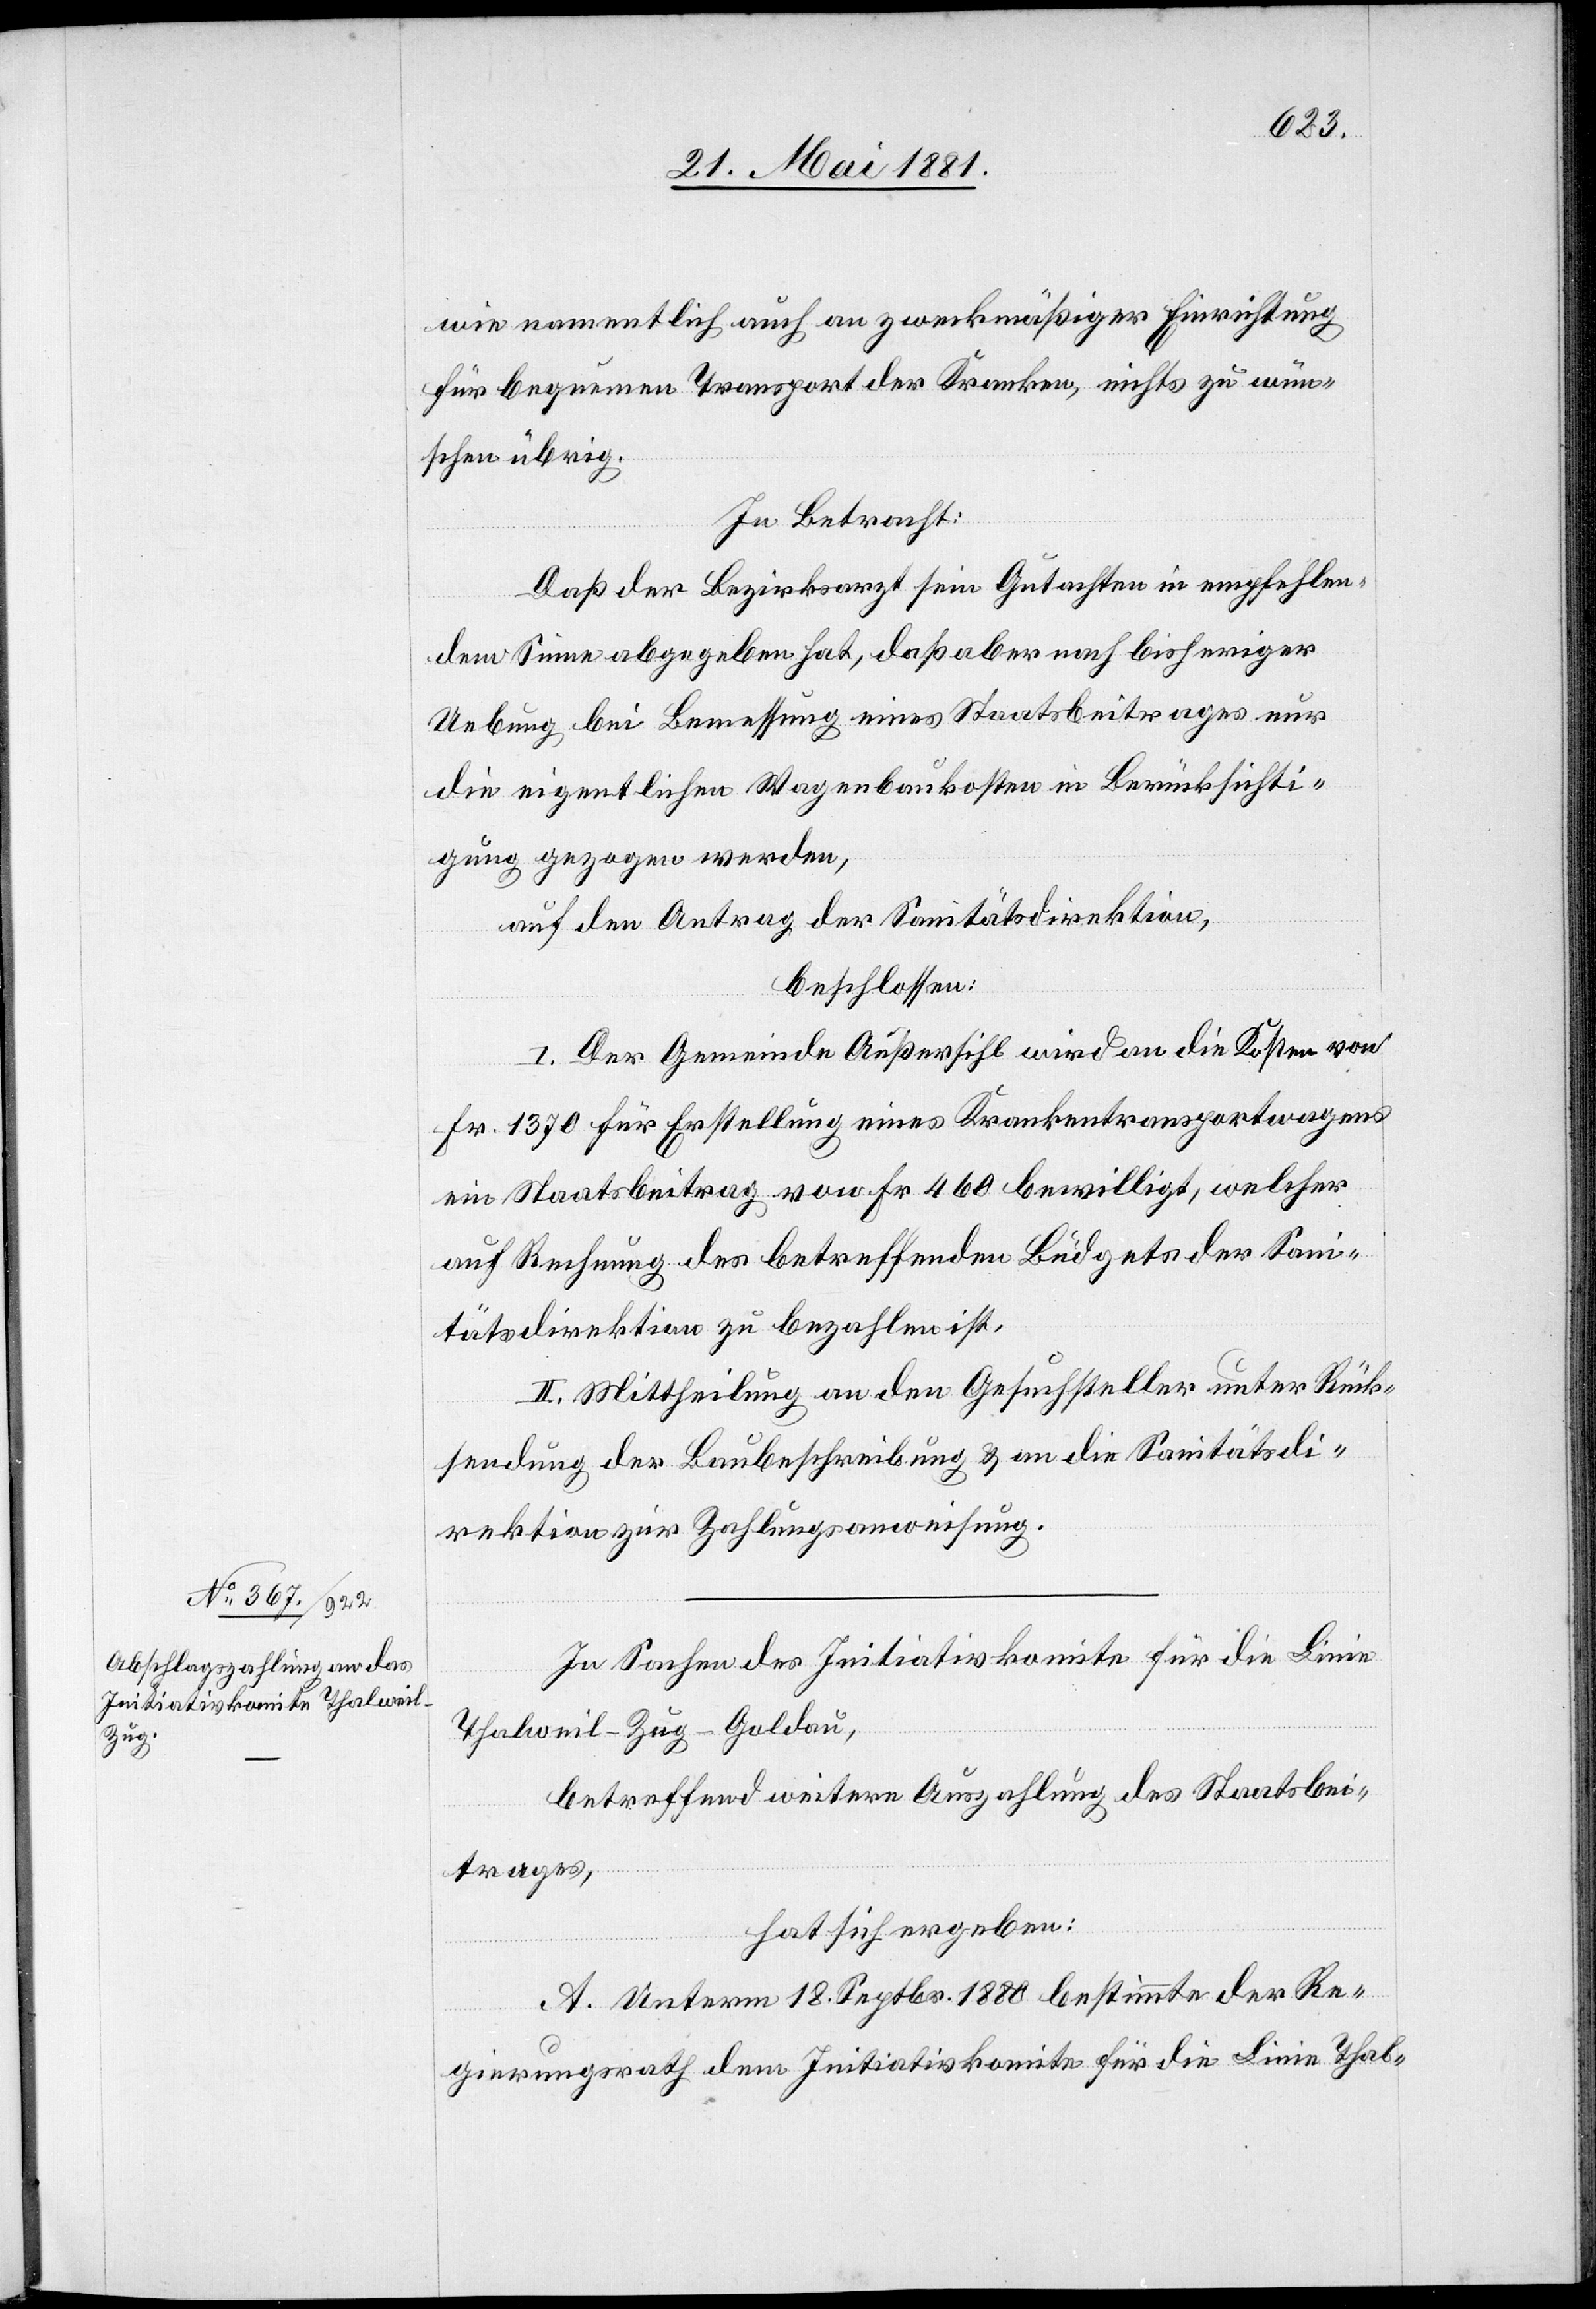
wie namentlich auch an zweckmäßiger Einrichtung
für bequemen Transport der Kranken, nichts zu wün¬
schen übrig.
In Betracht:
Daß der Bezirksarzt sein Gutachten in empfehlen¬
dem Sinne abgegeben hat, daß aber nach bisheriger
Uebung bei Bemessung eines Staatsbeitrages nur
die eigentlichen Wagenbaukosten in Berücksichti¬
gung gezogen werden,
auf den Antrag der Sanitätsdirektion,
beschlossen:
I. Der Gemeinde Außersihl wird an die Kosten von
Fr. 1370 für Erstellung eines Krankentransportwagens
ein Staatsbeitrag von Fr. 460 bewilligt, welcher
auf Rechnung des betreffenden Büdgets der Sani¬
tätsdirektion zu bezahlen ist.
II. Mittheilung an den Gesuchsteller unter Rück¬
sendung der Baubeschreibung & an die Sanitätsdi¬
rektion zur Zahlungsanweisung.
In Sachen des Initiativkomite für die Linie
Thalweil–Zug–Goldau,
betreffend weitere Auszahlung des Staatsbei¬
trages,
hat sich ergeben:
A. Unterm 18. Septbr. 1880 bestimmte der Re¬
gierungsrath dem Initiativkomite für die Linie Thal-